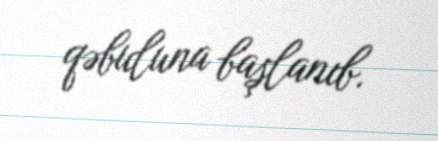
qəbuluna başlanıb.